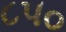
૮૫૦